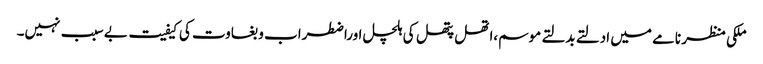
ملکی منظر نامے میں ادلتے بدلتے موسم،اتھل پتھل کی ہلچل اوراضطراب و بغاوت کی کیفیت بے سبب نہیں۔